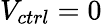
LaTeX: V_{ctrl}=0